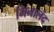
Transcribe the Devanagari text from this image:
मिनालंद